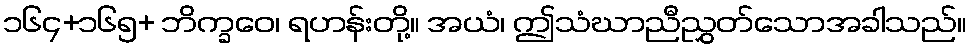
၁၆၄+၁၆၅+ ဘိက္ခဝေ၊ ရဟန်းတို့။ အယံ၊ ဤသံဃာညီညွှတ်သောအခါသည်။